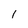
Character: 1